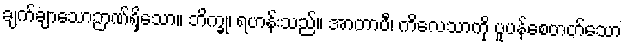
ချက်ချာသောဉာဏ်ရှိသော။ ဘိက္ခု၊ ရဟန်းသည်။ အာတာပီ၊ ကိလေသာကို ပူပန်စေတတ်သော